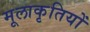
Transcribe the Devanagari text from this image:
मूलाकृतियों